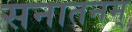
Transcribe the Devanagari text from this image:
सनातनम्